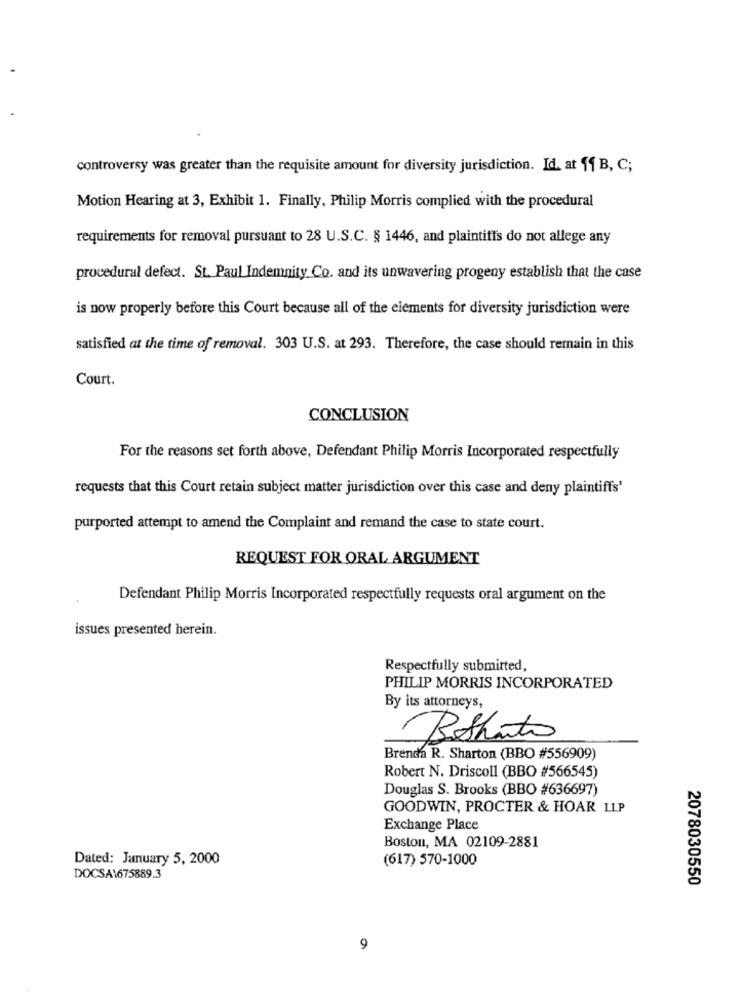
controversy was greater than the requisite amount for diversity jurisdiction. Id. at 11 B, C;
Motion Hearing at 3, Exhibit 1. Finally, Philip Morris complied with the procedural
requirements for removal pursuant to 28 U.S.C. § 1446, and plaintiffs do not allege any
procedural defect. St. Paul Indemnity Co. and its unwavering progeny establish that the case
is now properly before this Court because all of the elements for diversity jurisdiction were
satisfied at the time of removal. 303 U.S. at 293. Therefore, the case should remain in this
Court.
CONCLUSION
For the reasons set forth above, Defendant Philip Morris Incorporated respectfully
requests that this Court retain subject matter jurisdiction over this case and deny plaintiffs'
purported attempt to amend the Complaint and remand the case to state court.
REQUEST FOR ORAL ARGUMENT
Defendant Philip Morris Incorporated respectfully requests oral argument on the
issues presented herein.
Respectfully submitted,
PHILIP MORRIS INCORPORATED
By its attorneys,
Bothunto
Brenda R. Sharton (BBO #556909)
Robert N. Driscoll (BBO #566545)
Douglas S. Brooks (BBO #636697)
GOODWIN, PROCTER & HOAR LLP
Exchange Place
Boston, MA 02109-2881
Dated: January 5, 2000
(617) 570-1000
DOCSA\675889.3
2078030550
9